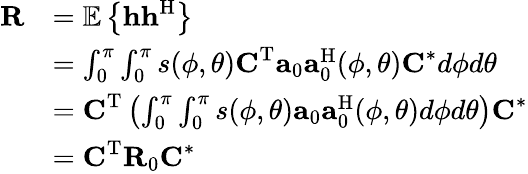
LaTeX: \begin{array}{rl}{\textbf{R}}&{=\mathbb{E}\left\{ \textbf{h}\textbf{h}^{\mathrm{H}}\right\} }\\ &{=\int_{0}^{\pi}\int_{0}^{\pi}s(\phi,\theta)\textbf{C}^{\mathrm{T}}\textbf{a}_{0}\textbf{a}_{0}^{\mathrm{H}}(\phi,\theta)\textbf{C}^{*}d\phi d\theta}\\ &{=\textbf{C}^{\mathrm{T}}\left(\int_{0}^{\pi}\int_{0}^{\pi}s(\phi,\theta)\textbf{a}_{0}\textbf{a}_{0}^{\mathrm{H}}(\phi,\theta)d\phi d\theta\right)\textbf{C}^{*}}\\ &{=\textbf{C}^{\mathrm{T}}\textbf{R}_{0}\textbf{C}^{*}}\end{array}